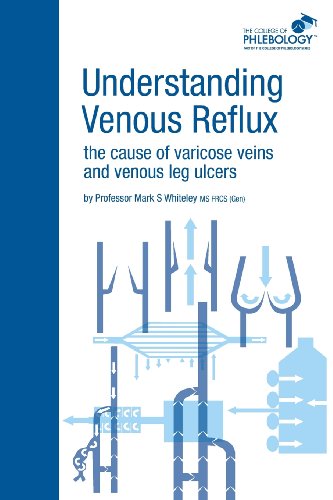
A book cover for Understanding Venous Reflux the Cause of Varicose Veins and Venous Leg Ulcers (College of Phlebology); Mark S. Whiteley; Health, Fitness & Dieting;